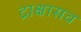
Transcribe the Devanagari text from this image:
द्राक्षासव